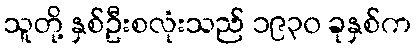
သူတို့ နှစ်ဦးစလုံးသည် ၁၉၃၀ ခုနှစ်က